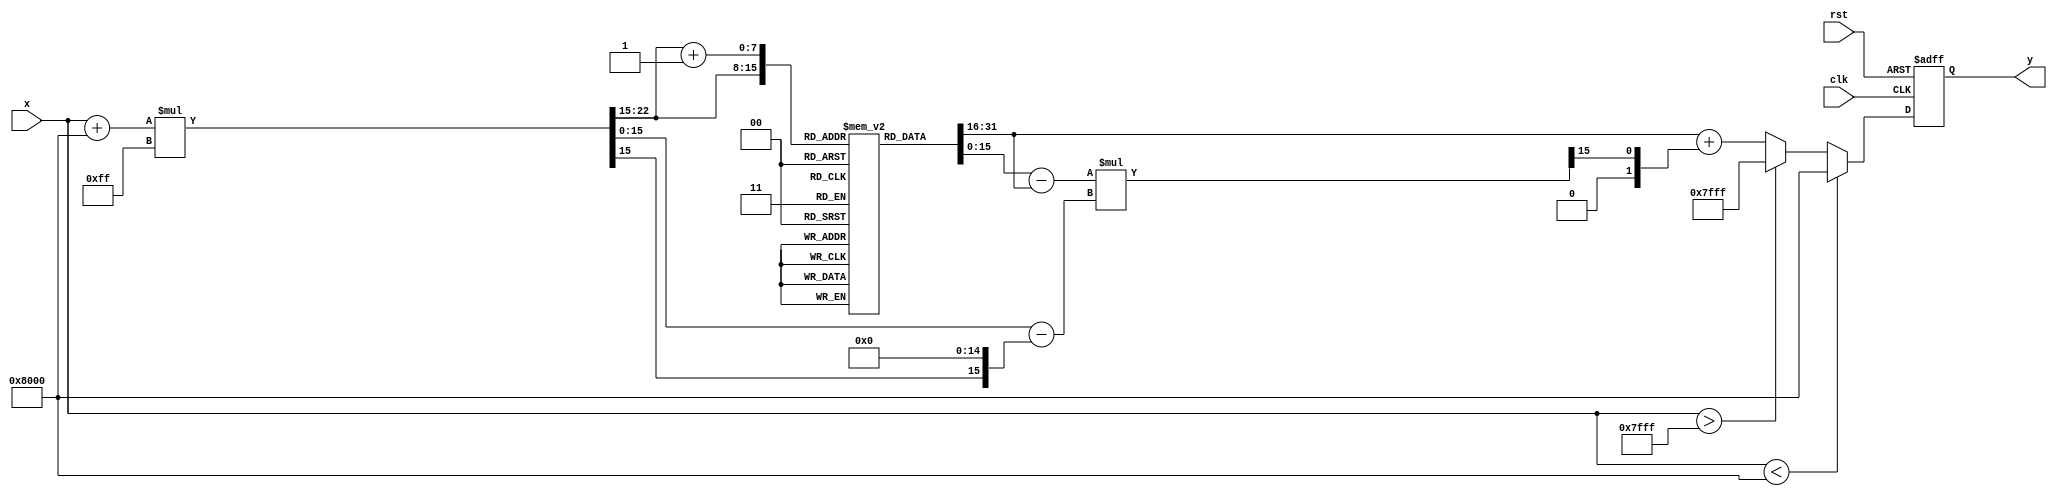
module asin_block (
    input wire clk,
    input wire rst,
    input wire signed [15:0] x, // Input value in the range [-1, 1] (fixed-point)
    output reg signed [15:0] y   // Output value in radians (fixed-point)
);

    // Parameters for the LUT
    parameter LUT_SIZE = 256; // Number of entries in the LUT
    parameter LUT_WIDTH = 8;   // Width of the LUT index
    parameter FIXED_POINT_FRACTIONAL_BITS = 15; // Number of fractional bits for fixed-point representation

    // LUT for arcsine values, pre-calculated for 256 points
    reg signed [15:0] lut [0:LUT_SIZE-1];

    // Initialize the LUT with pre-calculated values (in radians)
    initial begin
        // Example values for the LUT (these should be filled with actual arcsin values)
        // This is just a placeholder; you should populate it with actual arcsin values
        lut[0] = 16'h8000; // -/2
        lut[1] = 16'hF000; // -1 rad
        lut[2] = 16'hD000; // -0.5 rad
        // ... Fill in the rest of the LUT ...
        lut[255] = 16'h7FFF; // /2
    end

    // Internal signals for interpolation
    reg signed [15:0] y0, y1; // LUT values for interpolation
    reg [LUT_WIDTH-1:0] index; // LUT index
    reg [LUT_WIDTH-1:0] index_next; // Next LUT index
    reg signed [15:0] fraction; // Fractional part for interpolation

    // Process input and compute output
    always @(posedge clk or posedge rst) begin
        if (rst) begin
            y <= 16'h0000; // Reset output
        end else begin
            // Clamp input value to the range [-1, 1]
            if (x < -16'h8000) begin
                y <= 16'h8000; // Output -/2 for x < -1
            end else if (x > 16'h7FFF) begin
                y <= 16'h7FFF; // Output /2 for x > 1
            end else begin
                // Scale input to LUT index
                index = (x + 16'h8000) * (LUT_SIZE - 1) >> FIXED_POINT_FRACTIONAL_BITS;

                // Get the lower and upper LUT values
                y0 = lut[index];
                y1 = lut[index + 1];

                // Calculate the fractional part
                fraction = (x + 16'h8000) * (LUT_SIZE - 1) - (index << FIXED_POINT_FRACTIONAL_BITS);

                // Linear interpolation
                y <= y0 + ((y1 - y0) * fraction >> FIXED_POINT_FRACTIONAL_BITS);
            end
        end
    end

endmodule